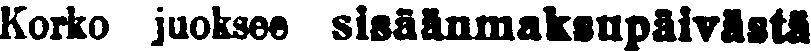
Korko juoksee sisäänmaksupäivästä